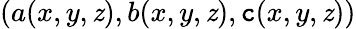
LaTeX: (a(x,y,\mathit{z}),b(x,y,\mathit{z}),\mathtt{c}(x,y,\mathit{z}))